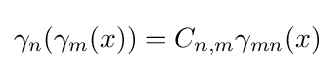
\gamma _{n}(\gamma _{m}(x))=C_{n,m}\gamma _{mn}(x)